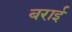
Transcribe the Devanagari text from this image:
बराई